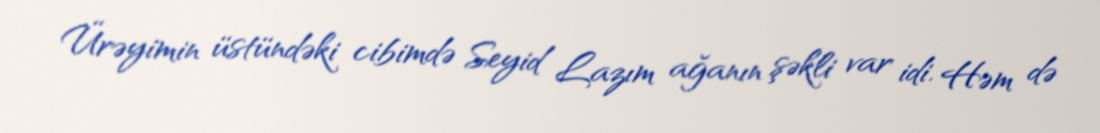
Ürəyimin üstündəki cibimdə Seyid Lazım ağanın şəkli var idi. Həm də